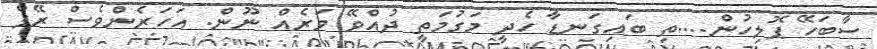
ސާބަހޭ ޕޮލިހުން....ތި ބައިގަނޑާ ހެދީ މަގުމަތީ ދުއްވޭ ވަރެއް ނޫން. އަހަރެންވެސް ރޭޕް